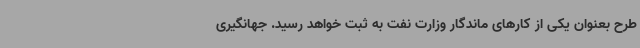
طرح بعنوان یکی از کارهای ماندگار وزارت نفت به ثبت خواهد رسید. جهانگیری